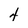
Character: 4